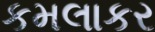
કમલાકર